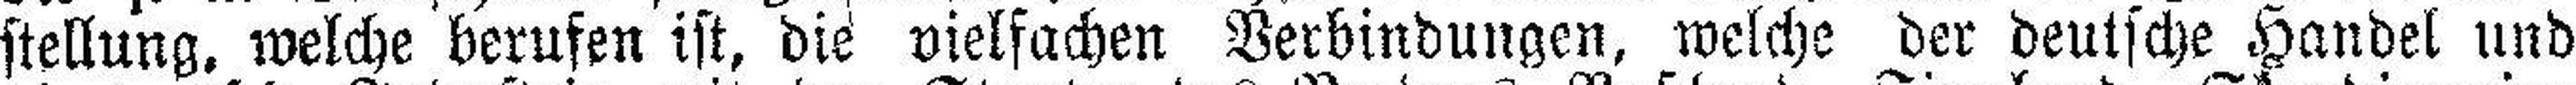
stellung, welche berufen ist, die vielfachen Verbindungen, welche der deutsche Handel und